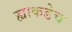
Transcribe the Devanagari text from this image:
ह्याकडेच